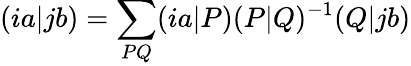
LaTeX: (ia|jb)=\sum_{PQ}(ia|P)(P|Q)^{-1}(Q|jb)